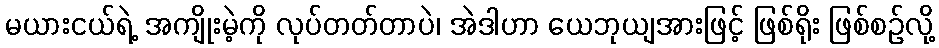
မယားငယ်ရဲ့ အကျိုးမဲ့ကို လုပ်တတ်တာပဲ၊ အဲဒါဟာ ယေဘုယျအားဖြင့် ဖြစ်ရိုး ဖြစ်စဉ်လို့